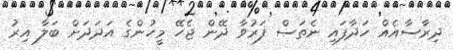
ދިރާސާއެއް ހަދާފައި ނެތަސް ފަރުވާ ދޭން ޖެހޭ މީހުންގެ އަދަދަށް ބަލާ އިރު